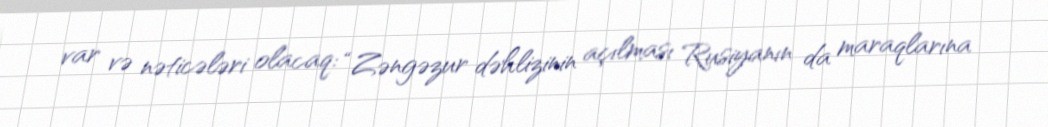
var və nəticələri olacaq: “Zəngəzur dəhlizinin açılması Rusiyanın da maraqlarına